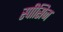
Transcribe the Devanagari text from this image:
स्पीसिज